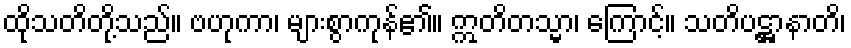
ထိုသတိတို့သည်။ ဗဟုကာ၊ များစွာကုန်၏။ ဣတိတသ္မာ၊ ကြောင့်။ သတိပဋ္ဌာနာတိ၊